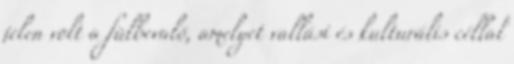
jelen volt a fülbevaló, amelyet vallási és kulturális céllal